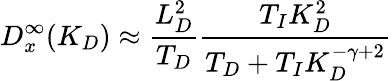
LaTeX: D_{x}^{\infty}(K_{D})\approx\frac{L_{D}^{2}}{T_{D}}\frac{T_{I}K_{D}^{2}}{T_{D}+T_{I}K_{D}^{-\gamma+2}}